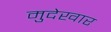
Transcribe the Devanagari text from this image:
मुदेखार